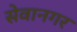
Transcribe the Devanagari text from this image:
सेवानगर